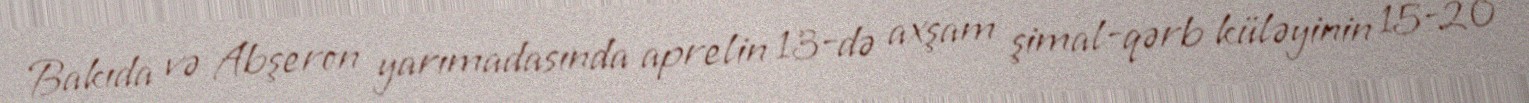
Bakıda və Abşeron yarımadasında aprelin 13-də axşam şimal-qərb küləyinin 15-20